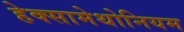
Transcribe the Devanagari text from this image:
हेक्सामेथोनियम